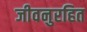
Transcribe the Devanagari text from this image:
जीवनुरहित